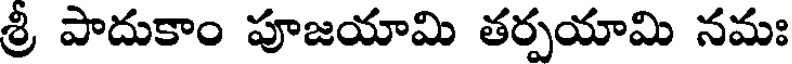
శ్రీ పాదుకాం పూజయామి తర్పయామి నమః